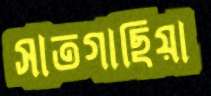
সাতগাছিয়া